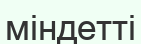
міндетті